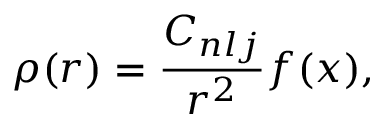
\rho ( r ) = \frac { C _ { n l j } } { r ^ { 2 } } f ( x ) ,